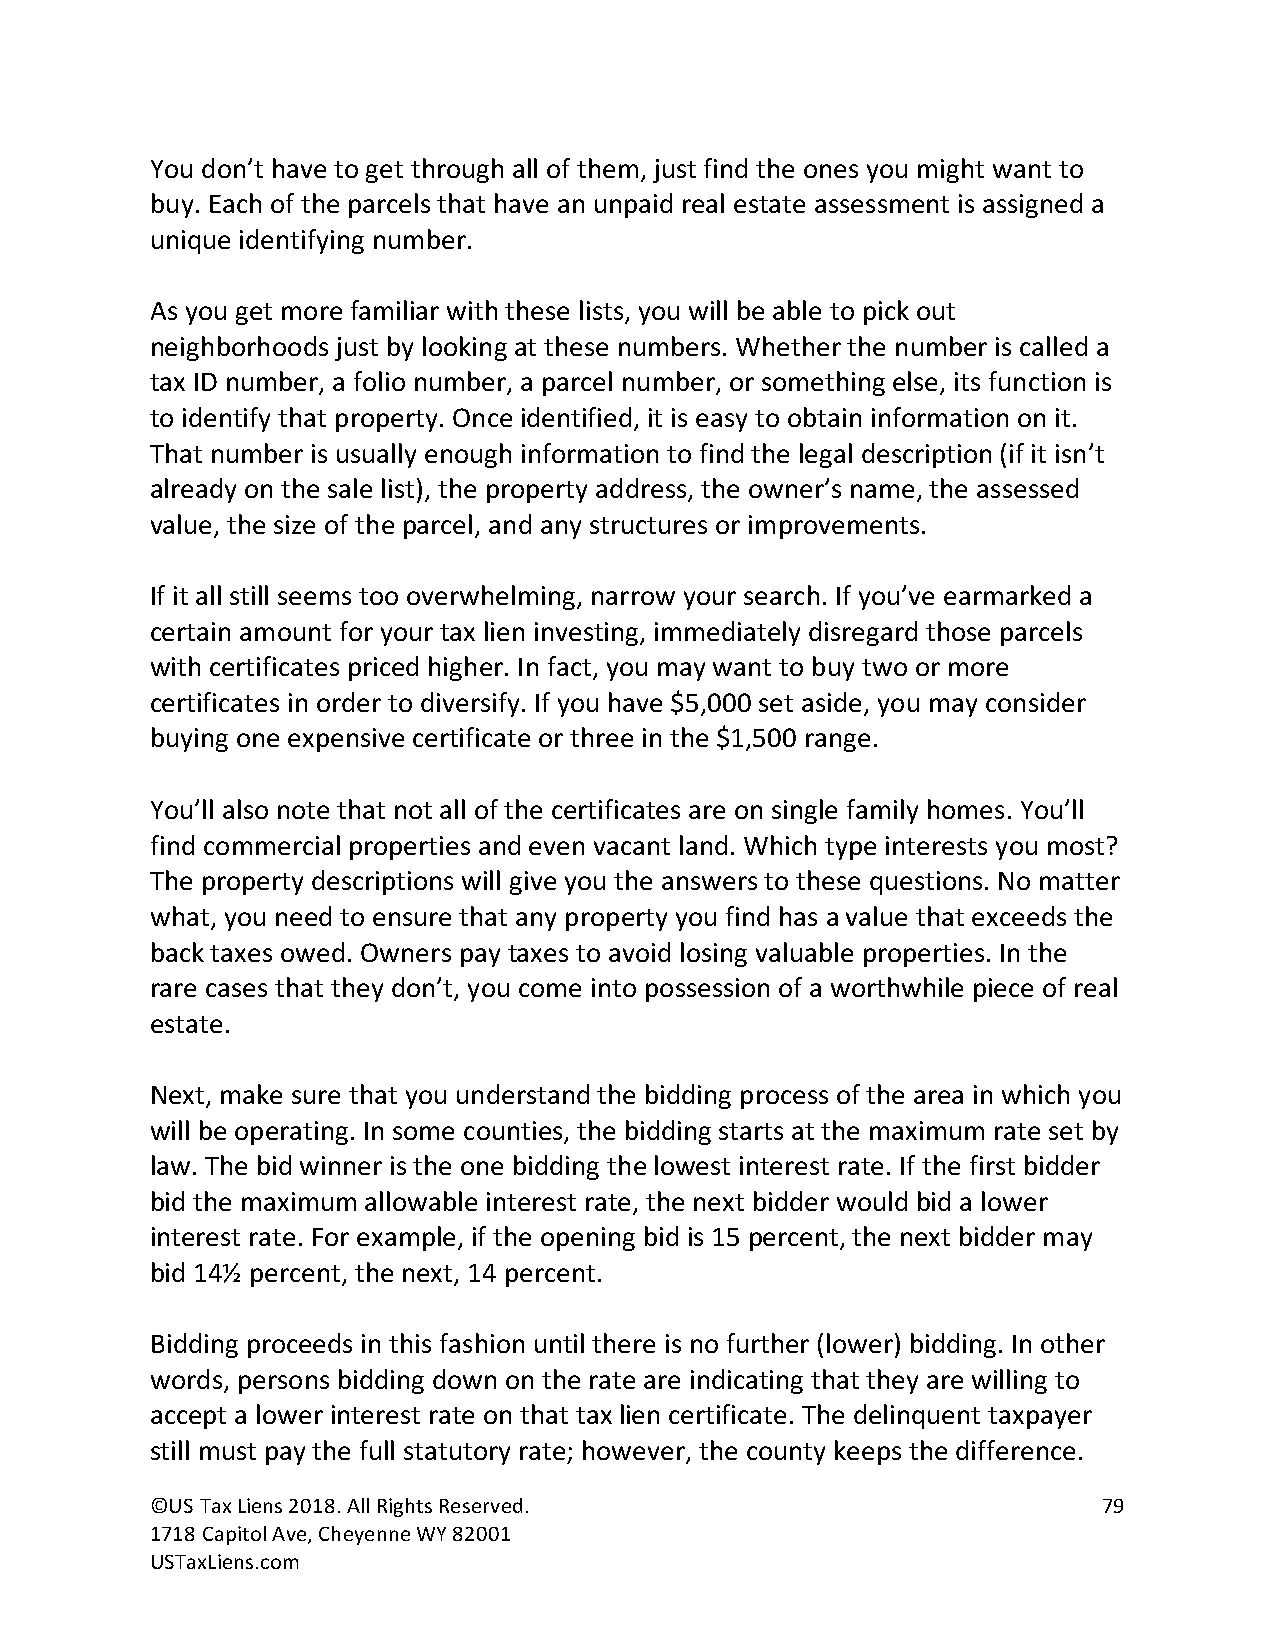
You don’t have to get through all of them, just find the ones you might want to
 buy. Each of the parcels that have an unpaid real estate assessment is assigned a
 unique identifying number.
 As you get more familiar with these lists, you will be able to pick out
 neighborhoods just by looking at these numbers. Whether the number is called a
 tax ID number, a folio number, a parcel number, or something else, its function is
 to identify that property. Once identified, it is easy to obtain information on it.
 That number is usually enough information to find the legal description (if it isn’t
 already on the sale list), the property address, the owner’s name, the assessed
 value, the size of the parcel, and any structures or improvements.
 If it all still seems too overwhelming, narrow your search. If you’ve earmarked a
 certain amount for your tax lien investing, immediately disregard those parcels
 with certificates priced higher. In fact, you may want to buy two or more
 certificates in order to diversify. If you have $5,000 set aside, you may consider
 buying one expensive certificate or three in the $1,500 range.
 You’ll also note that not all of the certificates are on single family homes. You’ll
 find commercial properties and even vacant land. Which type interests you most?
 The property descriptions will give you the answers to these questions. No matter
 what, you need to ensure that any property you find has a value that exceeds the
 back taxes owed. Owners pay taxes to avoid losing valuable properties. In the
 rare cases that they don’t, you come into possession of a worthwhile piece of real
 estate.
 Next, make sure that you understand the bidding process of the area in which you
 will be operating. In some counties, the bidding starts at the maximum rate set by
 law. The bid winner is the one bidding the lowest interest rate. If the first bidder
 bid the maximum allowable interest rate, the next bidder would bid a lower
 interest rate. For example, if the opening bid is 15 percent, the next bidder may
 bid 14½ percent, the next, 14 percent.
 Bidding proceeds in this fashion until there is no further (lower) bidding. In other
 words, persons bidding down on the rate are indicating that they are willing to
 accept a lower interest rate on that tax lien certificate. The delinquent taxpayer
 still must pay the full statutory rate; however, the county keeps the difference.
 ©US Tax Liens 2018. All Rights Reserved.                       79
 1718 Capitol Ave, Cheyenne WY 82001
 USTaxLiens.com